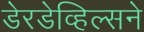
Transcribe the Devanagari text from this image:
डेरडेव्हिल्सने